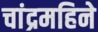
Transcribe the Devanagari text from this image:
चांद्रमहिने